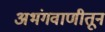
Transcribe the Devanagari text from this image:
अभंगवाणीतून